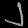
Digit: ၂